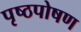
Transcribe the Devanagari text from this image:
पृष्ठपोषण